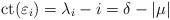
LaTeX: \begin{align*}\mathrm{ct}(\varepsilon_i)=\lambda_i-i = \delta-|\mu|\end{align*}